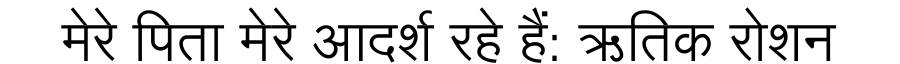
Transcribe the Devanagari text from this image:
मेरे पिता मेरे आदर्श रहे हैं: ऋतिक रोशन